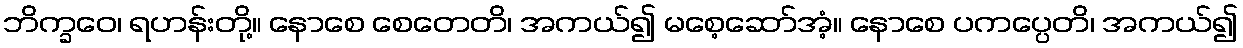
ဘိက္ခဝေ၊ ရဟန်းတို့။ နောစေ စေတေတိ၊ အကယ်၍ မစေ့ဆော်အံ့။ နောစေ ပကပ္ပေတိ၊ အကယ်၍